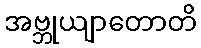
အဗ္ဘုယျာတောတိ